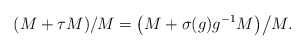
\begin{align*} (M + \tau M)/M = \bigl(M + \sigma(g)g^{-1}M\bigr)\big/M.\end{align*}